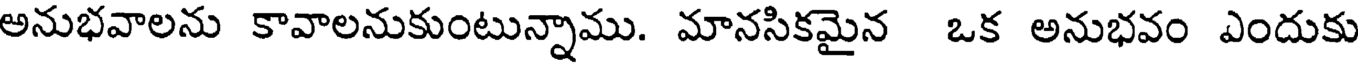
అనుభవాలను కావాలనుకుంటున్నాము. మానసికమైన ఒక అనుభవం ఎందుకు